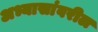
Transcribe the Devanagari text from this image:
अभ्यासांवरील